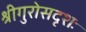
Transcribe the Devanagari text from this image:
श्रीगुरोसदृशः